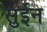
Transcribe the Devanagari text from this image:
सुईन